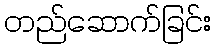
တည်ဆောက်ခြင်း